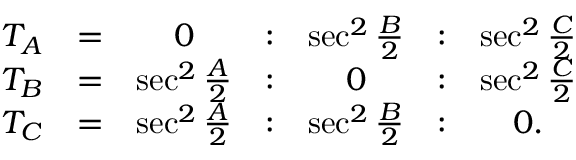
{ \begin{array} { c c c c c c c } { T _ { A } } & { = } & { 0 } & { : } & { \sec ^ { 2 } { \frac { B } { 2 } } } & { : } & { \sec ^ { 2 } { \frac { C } { 2 } } } \\ { T _ { B } } & { = } & { \sec ^ { 2 } { \frac { A } { 2 } } } & { : } & { 0 } & { : } & { \sec ^ { 2 } { \frac { C } { 2 } } } \\ { T _ { C } } & { = } & { \sec ^ { 2 } { \frac { A } { 2 } } } & { : } & { \sec ^ { 2 } { \frac { B } { 2 } } } & { : } & { 0 . } \end{array} }